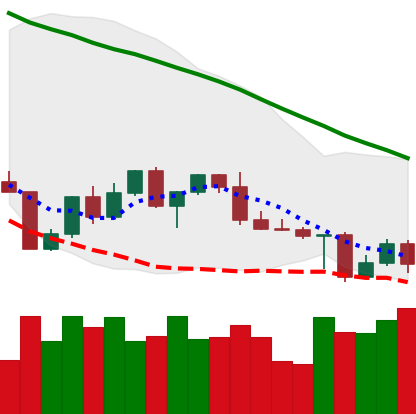
Ticker: LTC-USD
Chart end date: 2022-04-29
Forward return: 5.875%
Label: up_5_7